NAE_EAA_P-1039_Kommunismi_Majak_kalurikolhoos, lk 12
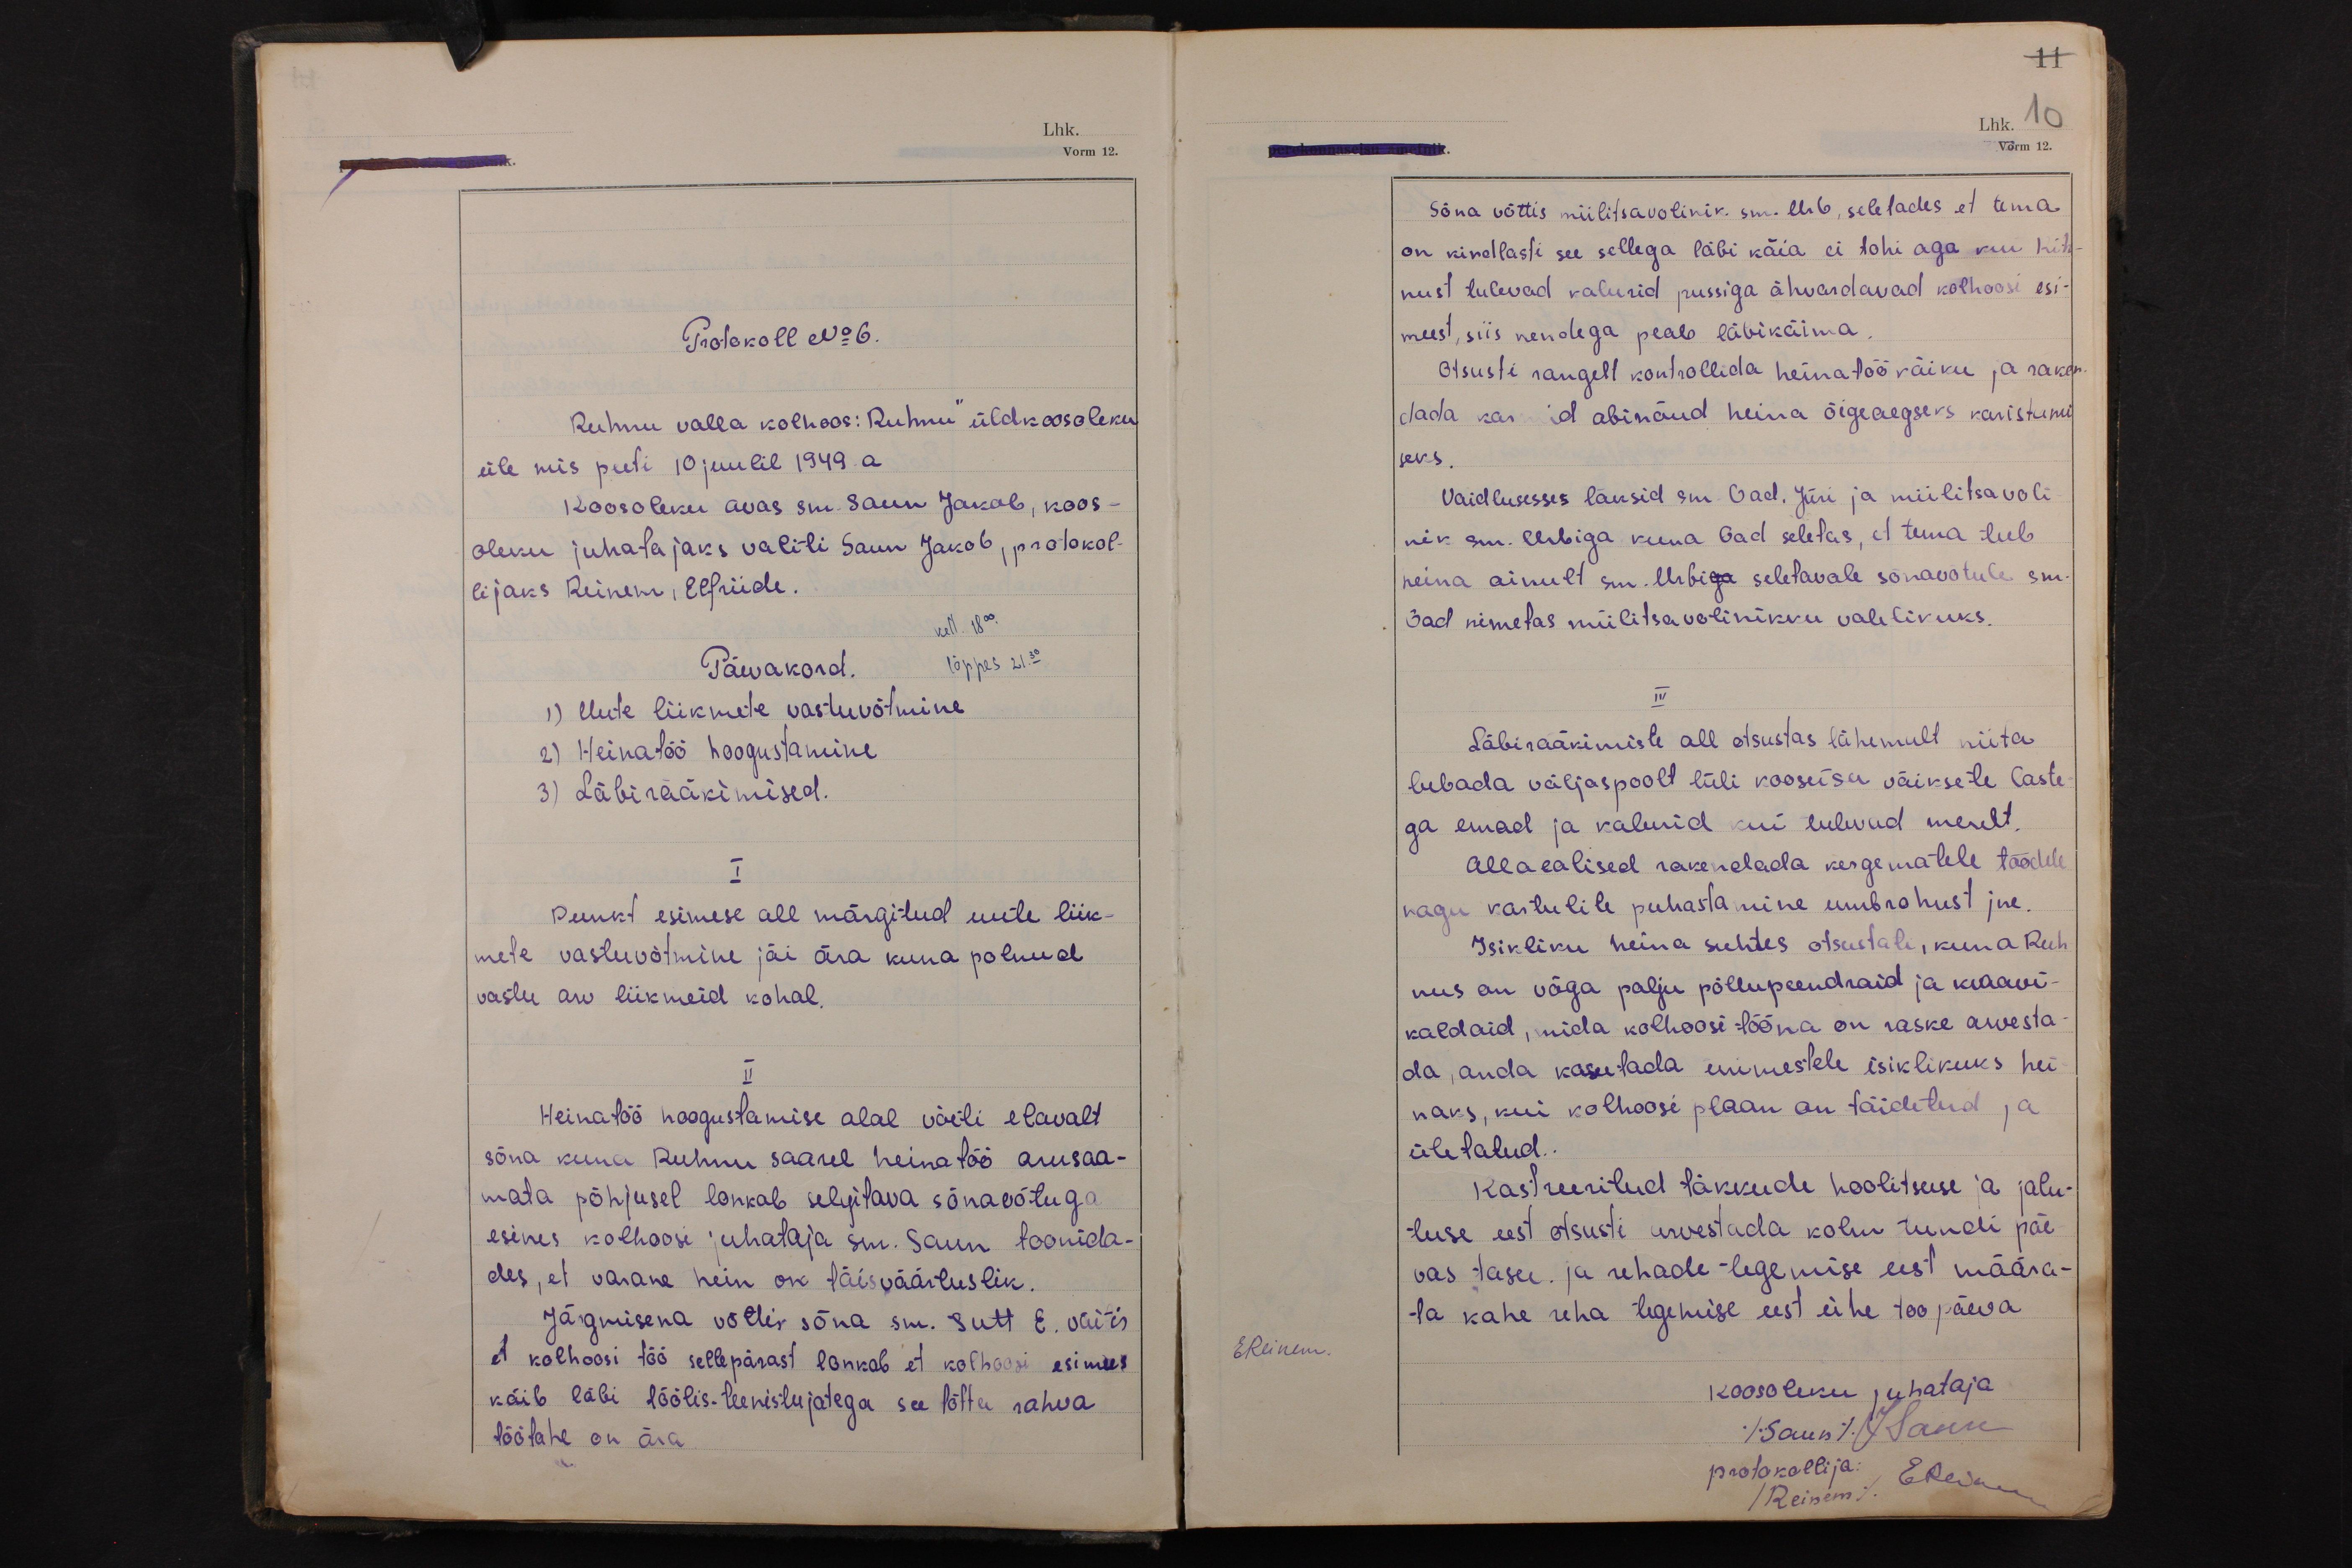
Protokoll No 6.
Ruhnu valla kolhoos: Ruhnu" üldkoosoleku
üle mis peeti 10 juulil 1949.a
Koosoleku avas sm. Saun Jakob, koos-
oleku juhatajaks valiti Saun Jakob, protokol-
lijaks Reinem, Elfriide
kell. 18 00.
Päevakord.
lõppes 21.30
1) Uute liikmete vastuvõtmine
2) Heinatöö hoogustamine
3) Läbirääkimised.
I
Punkt esimese all märgitud uute liik-
mete vastuvõtmine jäi ära kuna polnud
vastu arv liikmeid kohal.
II
Heinatöö hoogustamise alal võeti elavalt
sõna kuna Ruhnu saarel heinatöö arusaa-
mata põhjusel lonkab selgitava sõnavõtuga
esines kolhoosi juhataja sm. Saun toonida-
des, et varane hein on täisväärtuslik.
Järgmisena võttis sõna sm. Sutt E. väitis
et kolhoosi töö sellepärast lonkab et kolhoosi esimees
käib läbi töölis-teenistujatega see tõttu rahva
töötahe on ära.

11
Lhk. 10
Vorm 12.
Sõna võttis miilitsavolinik sm. Urb, seletades et tema
on kindlasti see sellega läbi käia ei tohi aga kui Kih-
nust tulevad kalurid pussiga ähvardavad kolhoosi esi-
meest, siis nendega peab läbikäima.
Otsusti rangelt kontrollida heinatöö käiku ja raken-
dada karmid abinõud heina õigeaegseks karistami
seks.
Vaidlusesses läksid sm. Oad, Jüri ja miilitsavoli-
nik sm.Urbiga kuna Oad seletas, et tema teeb
heina ainult sm. Urbiga seletavale sõnavõtule sm.
Oad nimetas miilitsavolinikku valelikuks.
IV
Läbirääkimiste all otsustas lähemalt niita
lubada väljaspoolt lüli kooseisu väiksete laste-
ga emad ja kalurid kui tulevad merelt.
Allaealised rakendada kergematele töödele
nagu kartulite puhastamine umbrohust jne.
Isikliku heina suhtes otsustati, kuna Ruh-
nus on väga palju põllupeendraid ja kraavi-
kaldaid, mida kolhoosi tööna on raske arvesta-
da, anda kasutada inimestele isiklikuks hei-
naks, kui kolhoosi plaan on täidetud ja
ületatud.
Kastreeritud täkkude hoolitsuse ja jalu-
tuse eest otsusti arvestada kolm tundi päe-
vas tasu. ja rehade tegemise eest määra-
ta kahe reha tegemise eest ühe toopäeva
koosoleku juhataja
(Saun) J Saun
protokollija:
(Reinem) EReinem

EReinem.